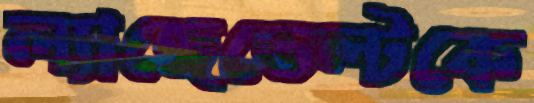
ল্যাঙ্গেভেল্টকে